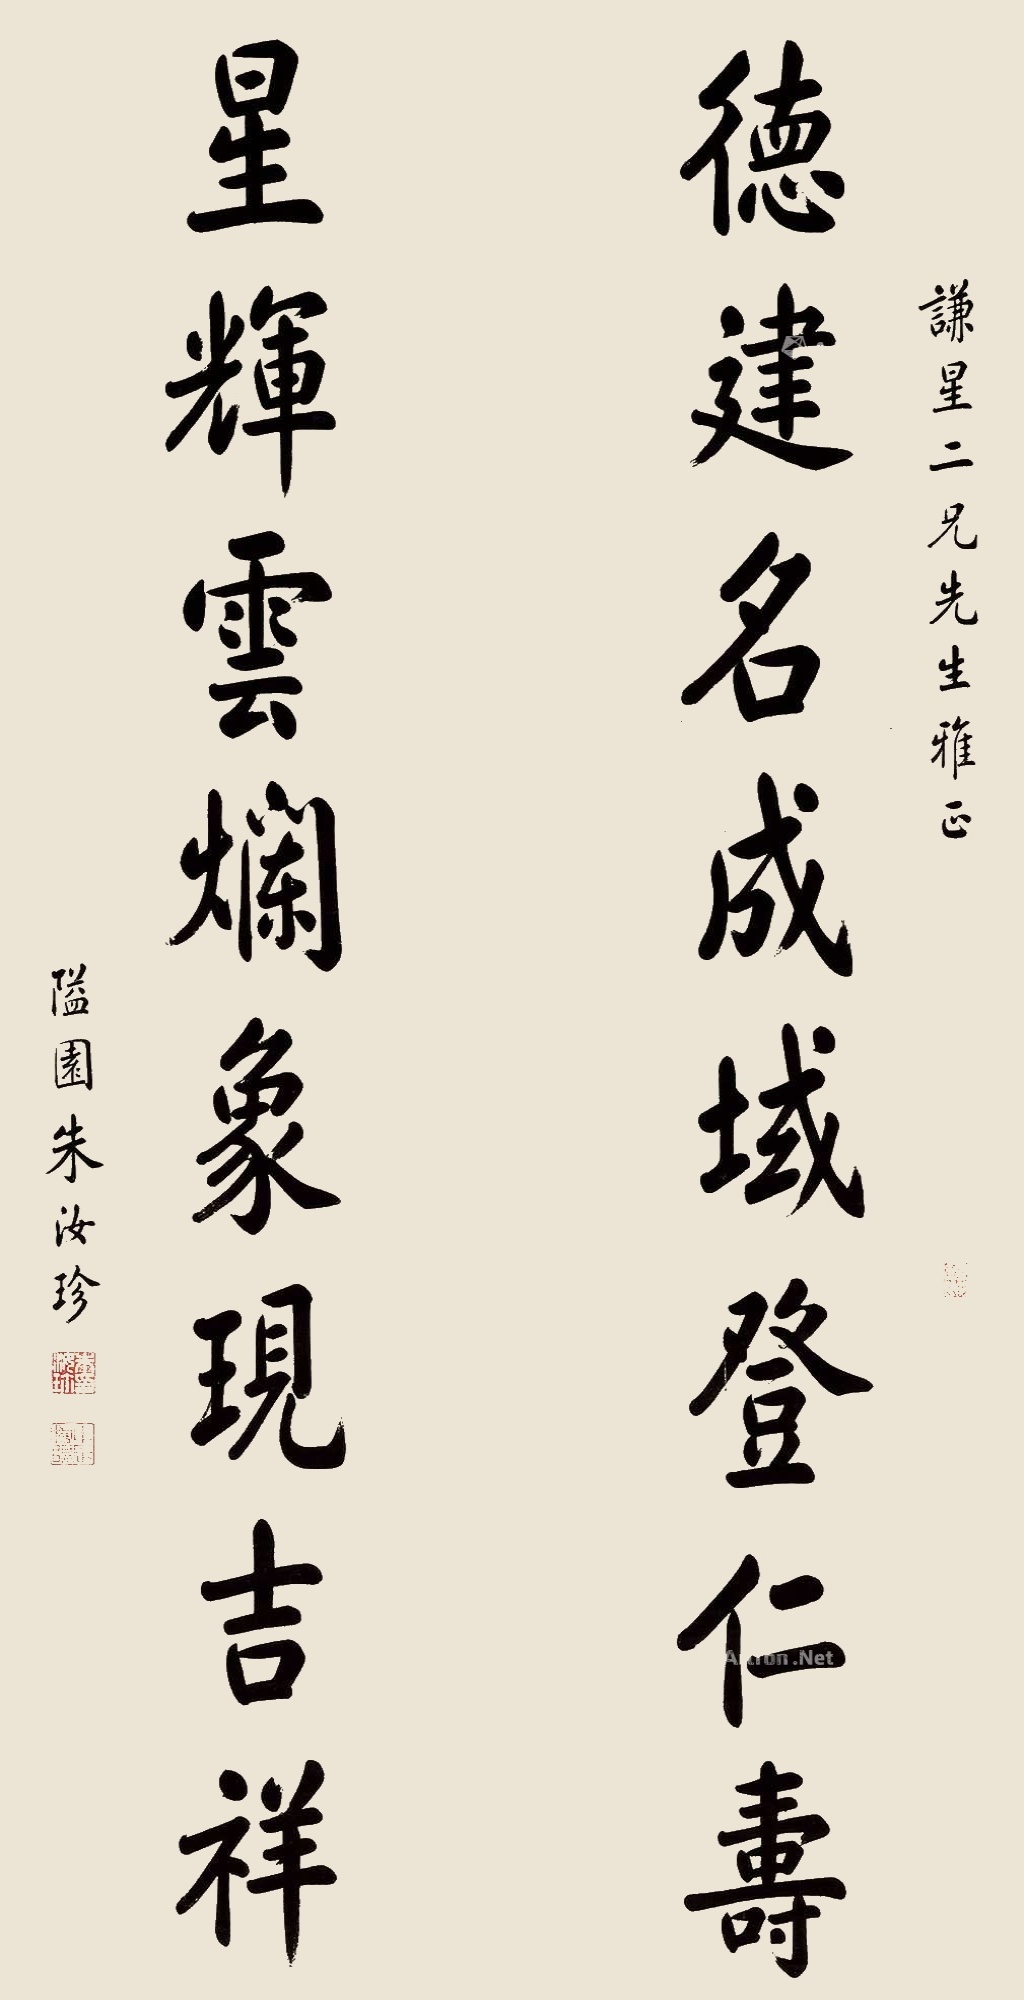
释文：德建名成，域登仁寿；星辉云烂，象现吉祥。谦星二兄先生雅正，隘园朱汝珍。